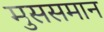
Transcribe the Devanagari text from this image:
मुससमान